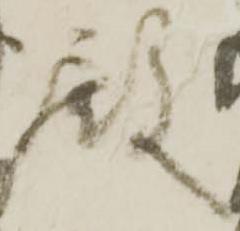
殿